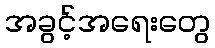
အခွင့်အရေးတွေ